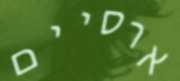
ארסיים